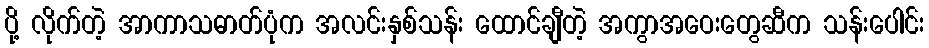
ပို့ လိုက်တဲ့ အာကာသဓာတ်ပုံက အလင်းနှစ်သန်း ထောင်ချီတဲ့ အကွာအဝေးတွေဆီက သန်းပေါင်း